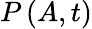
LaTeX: P\left(A,t\right)